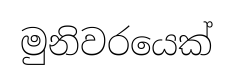
මුනිවරයෙක්